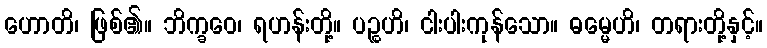
ဟောတိ၊ ဖြစ်၏။ ဘိက္ခဝေ၊ ရဟန်းတို့။ ပဉ္စဟိ၊ ငါးပါးကုန်သော။ ဓမ္မေဟိ၊ တရားတို့နှင့်။